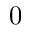
0